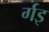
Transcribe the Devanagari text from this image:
र्गइ